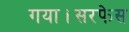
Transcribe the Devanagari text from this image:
गया।सरफेस